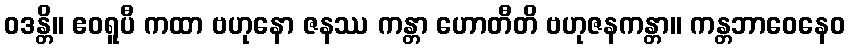
ဝဒန္တိ။ ဧဝရူပီ ကထာ ဗဟုနော ဇနဿ ကန္တာ ဟောတီတိ ဗဟုဇနကန္တာ။ ကန္တဘာဝေနေဝ